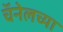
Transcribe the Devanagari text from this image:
चॅनेलच्या